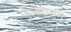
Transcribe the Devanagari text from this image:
जुलैपासून